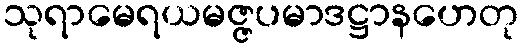
သုရာမေရယမဇ္ဇပမာဒဋ္ဌာနဟေတု